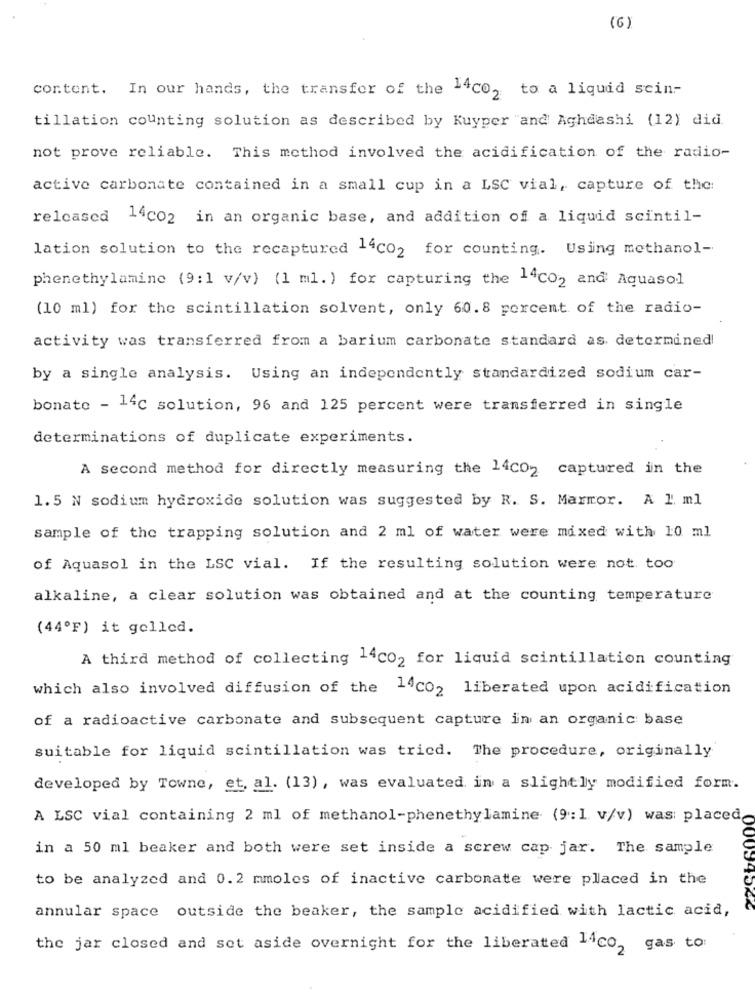
(6)
content. In our hands, the transfer of the 14co, to a liquid sein-
tillation counting solution as described by Kuyper "and Aghdashi (12) did.
not prove reliable. This method involved the acidification of the radio-
active carbonate contained in a small cup in a LSC vial, capture of the:
released 14002 in an organic base, and addition of a liquid scintil-
lation solution to the recaptured 14℃02 for counting. Using methanol-
phenethylamine (9:1 v/v) (1 ml.) for capturing the 14co2 and Aquasol
(10 ml) for the scintillation solvent, only 60.8 percent of the radio-
activity was transferred from a barium carbonate standard as determined
by a single analysis. Using an independently standardized sodium car-
bonato - 14℃ solution, 96 and 125 percent were transferred in single
determinations of duplicate experiments.
A second method for directly measuring the 14CO2 captured in the
1.5 N sodium hydroxide solution was suggested by R. S. Marmor. A l ml
sample of the trapping solution and 2 ml of water were mixed with 10 ml
of Aquasol in the LSC vial. If the resulting solution were not too
alkaline, a clear solution was obtained and at the counting temperature
(44ºF) it gelled.
A third method of collecting 14c02 for liquid scintillation counting
which also involved diffusion of the 14℃02 liberated upon acidification
of a radioactive carbonate and subsequent capture in an organic base
suitable for liquid scintillation was tricd. The procedure, originally
developed by Towne, et. al. (13), was evaluated in a slightly modified form.
A LSC vial containing 2 ml of methanol-phenethylamine (9:1 v/v) was: placed
in a 50 ml beaker and both were set inside a screw cap jar. The sample
to be analyzed and 0.2 mmoles of inactive carbonate were placed in the
annular space outside the beaker, the sample acidified with lactic acid,
the jar closed and set aside overnight for the liberated lico, gas to